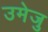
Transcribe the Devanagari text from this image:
उमेजु